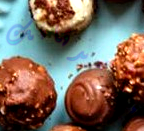
بأصدقائك